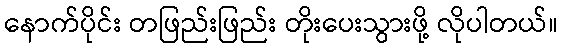
နောက်ပိုင်း တဖြည်းဖြည်း တိုးပေးသွားဖို့ လိုပါတယ်။